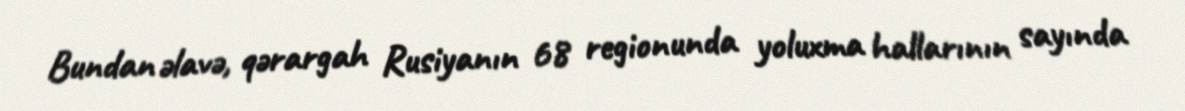
Bundan əlavə, qərargah Rusiyanın 68 regionunda yoluxma hallarının sayında